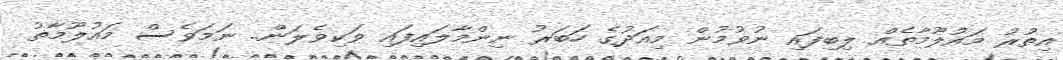
އިތުރު މައުލޫމާތެއް ލިބިފައި ނުވުމުން މިއަދުގެ ހަބަރު ނިންމާލައިފައި ވަކިވެލަން.. ނަމަވެސް މައުލޫމާތު